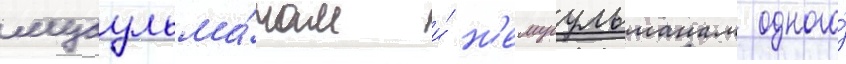
мусульма́нам и́ н'емусульманам одного́